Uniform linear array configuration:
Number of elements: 16
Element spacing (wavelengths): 0.25
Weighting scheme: kaiser
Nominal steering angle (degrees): -60
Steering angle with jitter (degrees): -59.691
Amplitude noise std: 0.05
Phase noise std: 0.05

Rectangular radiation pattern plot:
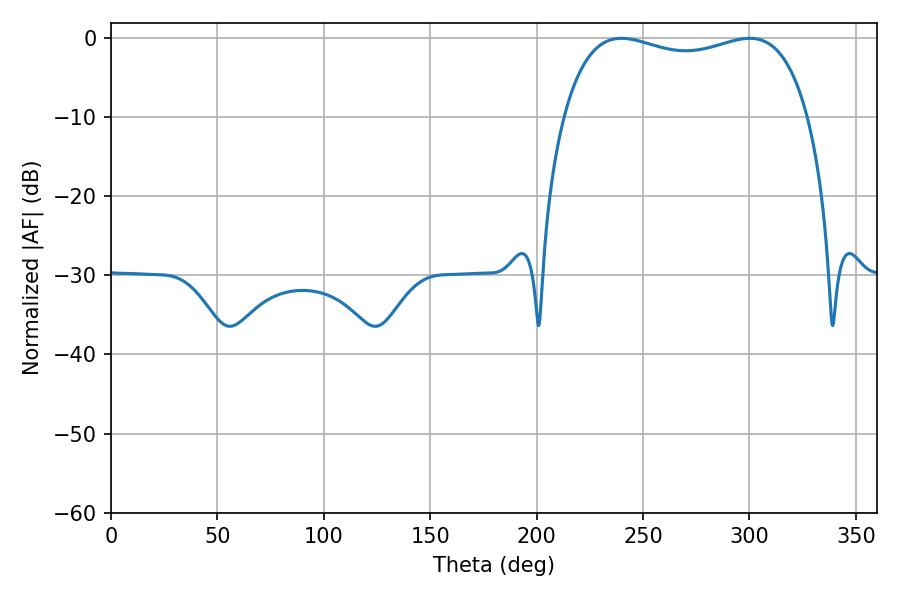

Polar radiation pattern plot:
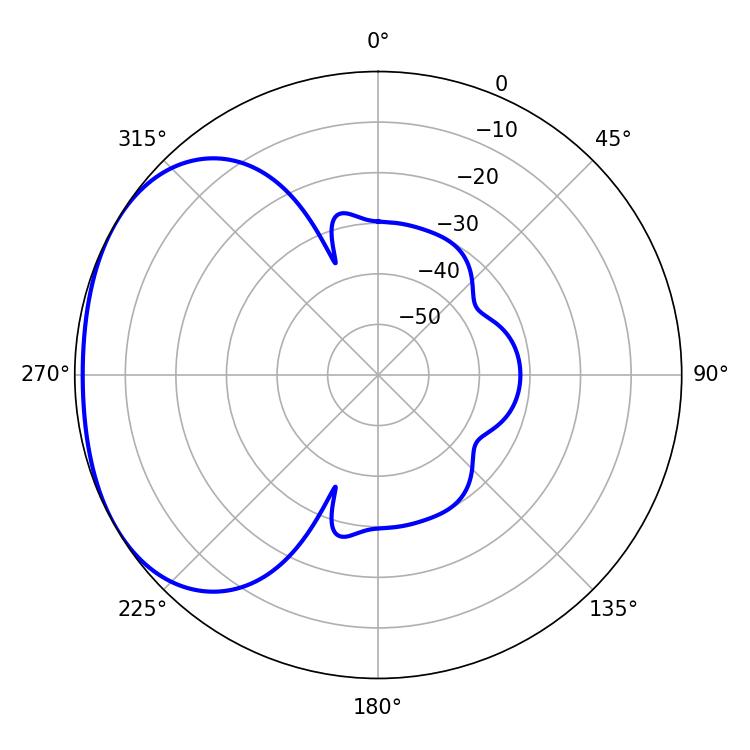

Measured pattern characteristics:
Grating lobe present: FALSE
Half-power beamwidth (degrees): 93.96
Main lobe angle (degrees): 239.76